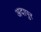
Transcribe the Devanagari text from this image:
अदापुर